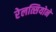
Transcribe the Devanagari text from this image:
रेलत्सियोने